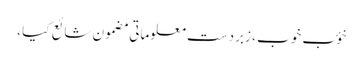
خؤب خوب ، زبردست معلوماتی مضمون شائع کیا ،